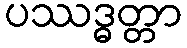
ပဿဒ္ဓတ္တာ